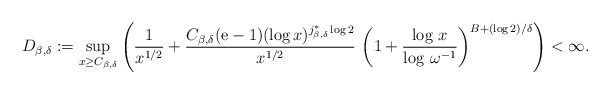
\begin{align*}D_{\beta,\delta}:=\sup_{x\ge C_{\beta,\delta}}\left(\frac1{x^{1/2}}+\frac{C_{\beta,\delta}(\mathrm{e}-1)(\log x)^{j^*_{\beta,\delta}\log 2}}{x^{1/2}}\,\left(1+\frac{\log\,x}{\log\,\omega^{-1}}\right)^{B+(\log 2)/\delta}\right)<\infty.\end{align*}